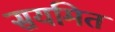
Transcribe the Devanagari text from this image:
सयमित